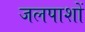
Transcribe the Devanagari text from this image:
जलपाशों